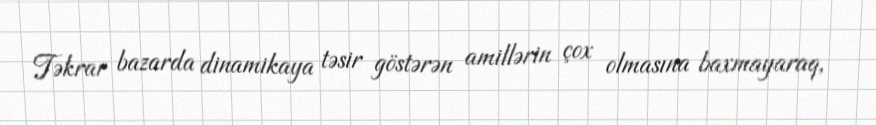
Təkrar bazarda dinamikaya təsir göstərən amillərin çox olmasına baxmayaraq,